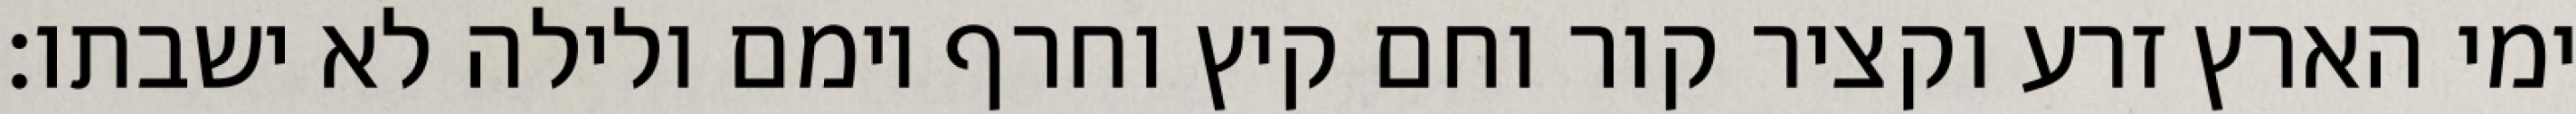
ימי הארץ זרע וקציר קור וחם קיץ וחרף יומם ולילה לא ישבתו׃